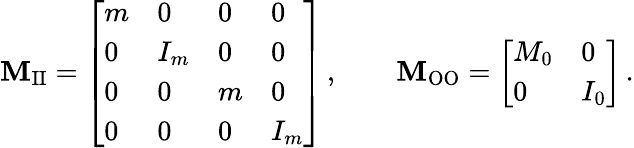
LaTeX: \mathbf{M}_{\mathrm{II}}=\left[\begin{array}{llll}{m}&{0}&{0}&{0}\\ {0}&{I_{m}}&{0}&{0}\\ {0}&{0}&{m}&{0}\\ {0}&{0}&{0}&{I_{m}}\end{array}\right]\, ,\qquad\mathbf{M}_{\mathrm{OO}}=\left[\begin{array}{ll}{M_{0}}&{0}\\ {0}&{I_{0}}\end{array}\right]\, .